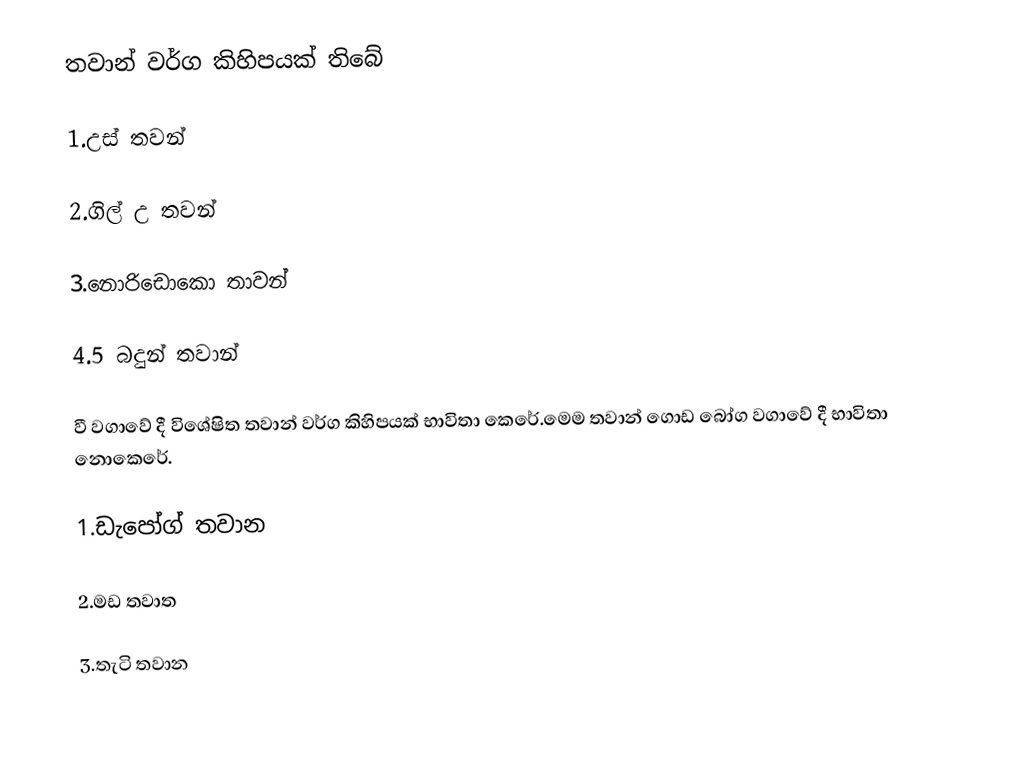
තවාන් වර්ග  කිහිපයක් තිබේ

1.උස් තවන්

2.ගිල් උ තවන්

3.නොරිඩොකො තාවන්

4.5 බදුන් තවාන්

වී වගාවේ දී විශේෂිත තවාන් වර්ග කිහිපයක් භාවිතා කෙරේ.මෙම තවාන් ගොඩ බෝග වගාවේ දී භාවිතා නො‌කෙරේ.

1.ඩැපෝග් තවාන

2.මඩ තවාත

3.තැටි තවාන